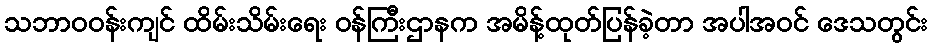
သဘာဝဝန်းကျင် ထိမ်းသိမ်းရေး ဝန်ကြီးဌာနက အမိန့်ထုတ်ပြန်ခဲ့တာ အပါအဝင် ဒေသတွင်း